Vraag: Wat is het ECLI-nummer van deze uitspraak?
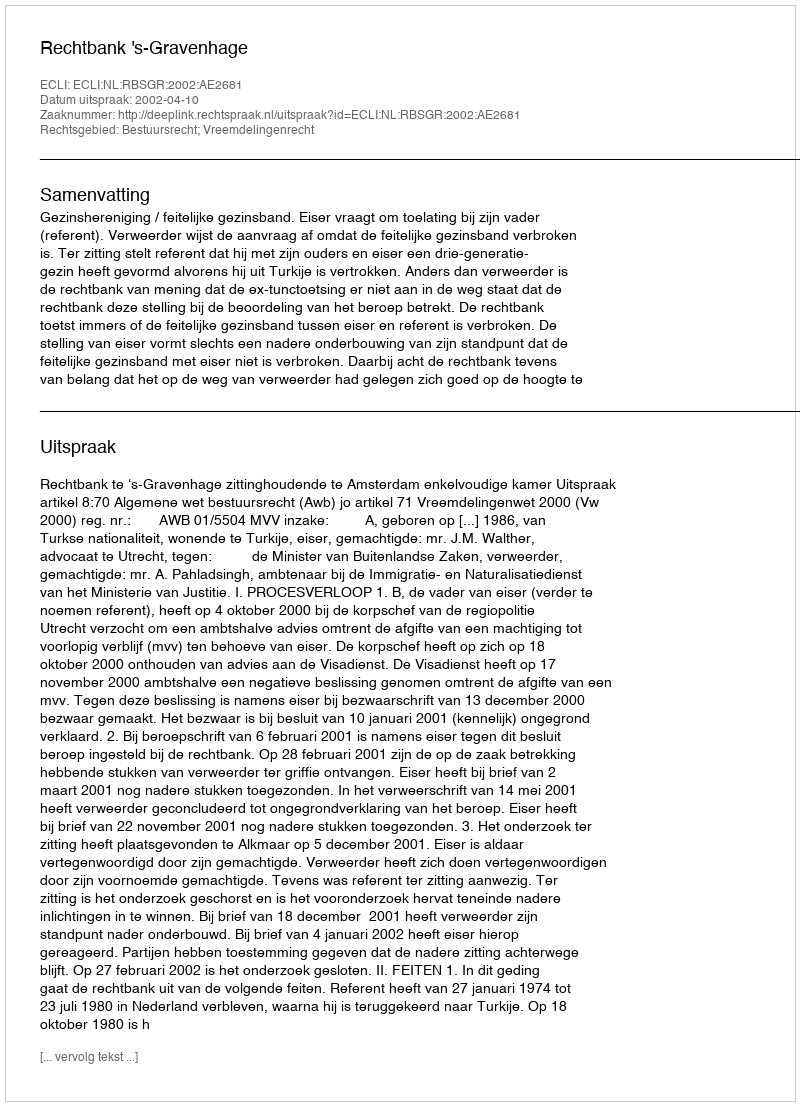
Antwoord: ECLI:NL:RBSGR:2002:AE2681